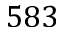
5 8 3